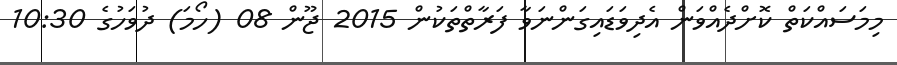
މިމަސައްކަތް ކޮށްދެއްވަން އެދިވަޑައިގަންނަވާ ފަރާތްތަކުން 2015 ޖޫން 08 (ހޯމަ) ދުވަހުގެ 10:30